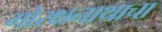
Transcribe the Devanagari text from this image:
गोरक्षनाथाचा